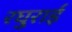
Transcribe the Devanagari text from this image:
रघुराई